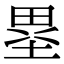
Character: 塁